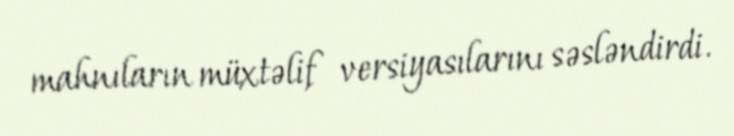
mahnıların müxtəlif versiyasılarını səsləndirdi.